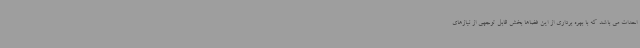
احداث می باشد که با بهره برداری از این فضاها بخش قابل توجهی از نیازهای